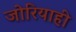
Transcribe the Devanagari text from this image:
जोरियाही